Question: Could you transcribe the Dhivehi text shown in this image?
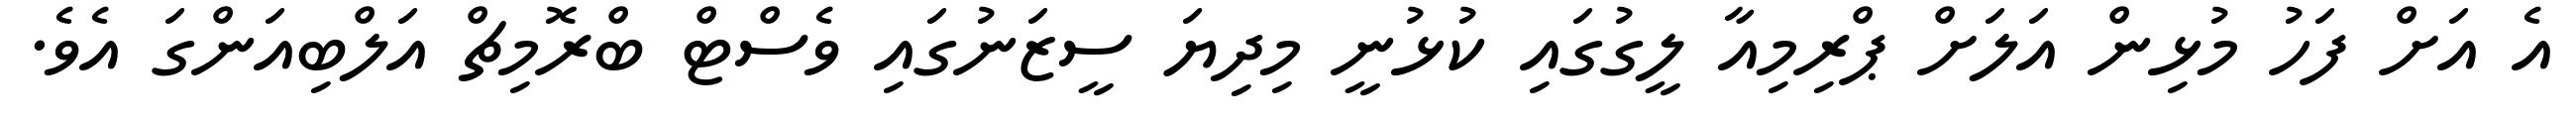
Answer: އެ އަށް ފަހު މުޅިން އަލަށް ޕްރިމިއާ ލީގުގައި ކުޅުނީ މިދިޔަ ސީޒަނުގައި ވެސްޓް ބްރޮމިޗް އަލްބިއަންގަ އެވެ.